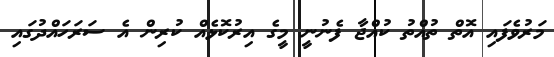
މަރުވެފައި އޮތް ތުއްތު ކުއްޖާ ފެނުނީ މީގެ އިރުކޮޅެއް ކުރިން އެ ސަރަހައްދުގައި